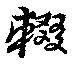
輟